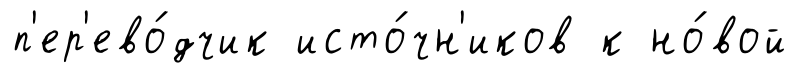
п'ер'ево́дчик исто́чн'иков к но́вой